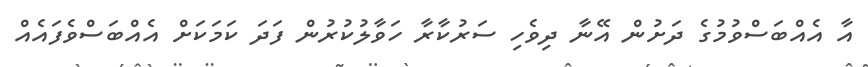
އާ އެއްބަސްވުމުގެ ދަށުން އޭނާ ދިވެހި ސަރުކާރާ ހަވާލުކުރުން ފަދަ ކަމަކަށް އެއްބަސްވެފައެއް